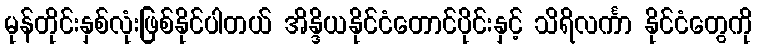
မုန်တိုင်းနှစ်လုံးဖြစ်နိုင်ပါတယ် အိန္ဒိယနိုင်ငံတောင်ပိုင်းနှင့် သိရိလင်္ကာ နိုင်ငံတွေကို